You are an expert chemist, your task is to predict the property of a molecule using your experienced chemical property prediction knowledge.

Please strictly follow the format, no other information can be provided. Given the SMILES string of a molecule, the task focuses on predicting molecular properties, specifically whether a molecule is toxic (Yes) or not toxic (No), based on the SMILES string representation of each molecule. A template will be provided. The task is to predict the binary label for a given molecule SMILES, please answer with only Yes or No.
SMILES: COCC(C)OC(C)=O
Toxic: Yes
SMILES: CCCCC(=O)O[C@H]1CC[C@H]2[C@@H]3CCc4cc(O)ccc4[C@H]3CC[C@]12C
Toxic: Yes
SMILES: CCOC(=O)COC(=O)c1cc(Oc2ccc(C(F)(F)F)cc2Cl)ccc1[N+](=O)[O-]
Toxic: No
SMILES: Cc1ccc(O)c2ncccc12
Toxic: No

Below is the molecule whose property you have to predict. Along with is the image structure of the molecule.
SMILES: C=Cc1c(C)c2cc3nc(c(CC(=O)[O-])c4[n-]c(cc5nc(cc1[n-]2)c(C)c5CC)c(C)c4C(=O)[O-])C(CCC(=O)[O-])C3C.[Cu+2]
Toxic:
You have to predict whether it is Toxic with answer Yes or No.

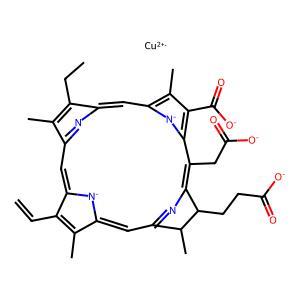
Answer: No